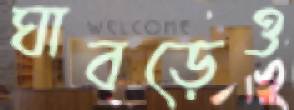
ঘাবড়েও